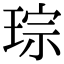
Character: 琮